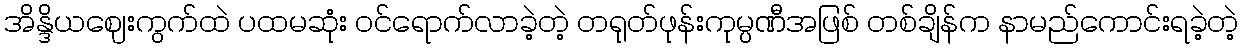
အိန္ဒိယဈေးကွက်ထဲ ပထမဆုံး ဝင်ရောက်လာခဲ့တဲ့ တရုတ်ဖုန်းကုမ္ပဏီအဖြစ် တစ်ချိန်က နာမည်ကောင်းရခဲ့တဲ့